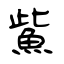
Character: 鮆